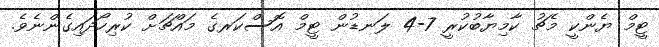
ޓީމް ޔެންކީ މެޗު ކާމިޔާބުކުރީ 7-4 ލަނޑުން ޓީމް އޮސްކަރގެ މައްޗަށް ކުރިހޯދައިގެންނެވެ.